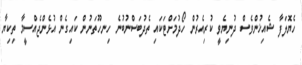
ހެޔޮލަފާ ޝެއިޚުންވެސް ދުނިޔެވީ ކުރިއެރުން ހޯދުމަށްޓަކައި ތެދުބަސްނުބުނެ ހިނހޫތަނުން ކައިގެން އުޅެންޖެއްސީމާ ތިކިޔާ